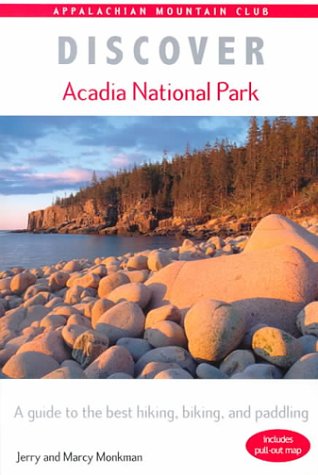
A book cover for Discover Acadia National Park: A Guide to the Best Hiking, Biking, and Paddling; Jerry Monkman; Travel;